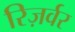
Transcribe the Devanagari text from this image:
रिज़र्वर